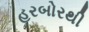
હરબોરથી